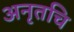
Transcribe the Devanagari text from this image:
अनृतचि